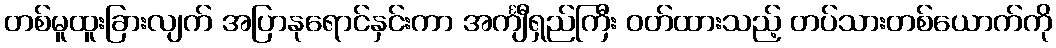
တစ်မူထူးခြားလျက် အပြာနုရောင်နှင်းကာ အင်္ကျီရှည်ကြီး ဝတ်ထားသည့် တပ်သားတစ်ယောက်ကို